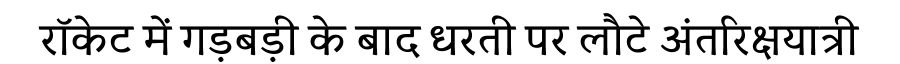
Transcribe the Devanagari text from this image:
रॉकेट में गड़बड़ी के बाद धरती पर लौटे अंतरिक्षयात्री